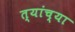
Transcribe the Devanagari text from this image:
त्यांच्या